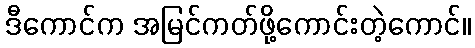
ဒီကောင်က အမြင်ကတ်ဖို့ကောင်းတဲ့ကောင်။